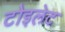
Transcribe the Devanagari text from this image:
टोइलेट